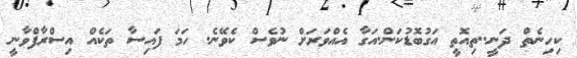
ކިހިނެތް ދަނީ..ތިއޮތީ އަގުބޮޑުކަން.އަގާ އެއްވަރަށް ނުވެސް ކެވޭނެ. ހަމަ ފައިސާ ތަކެއް އިސްރާފްވާނީ